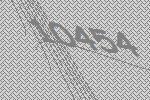
10454